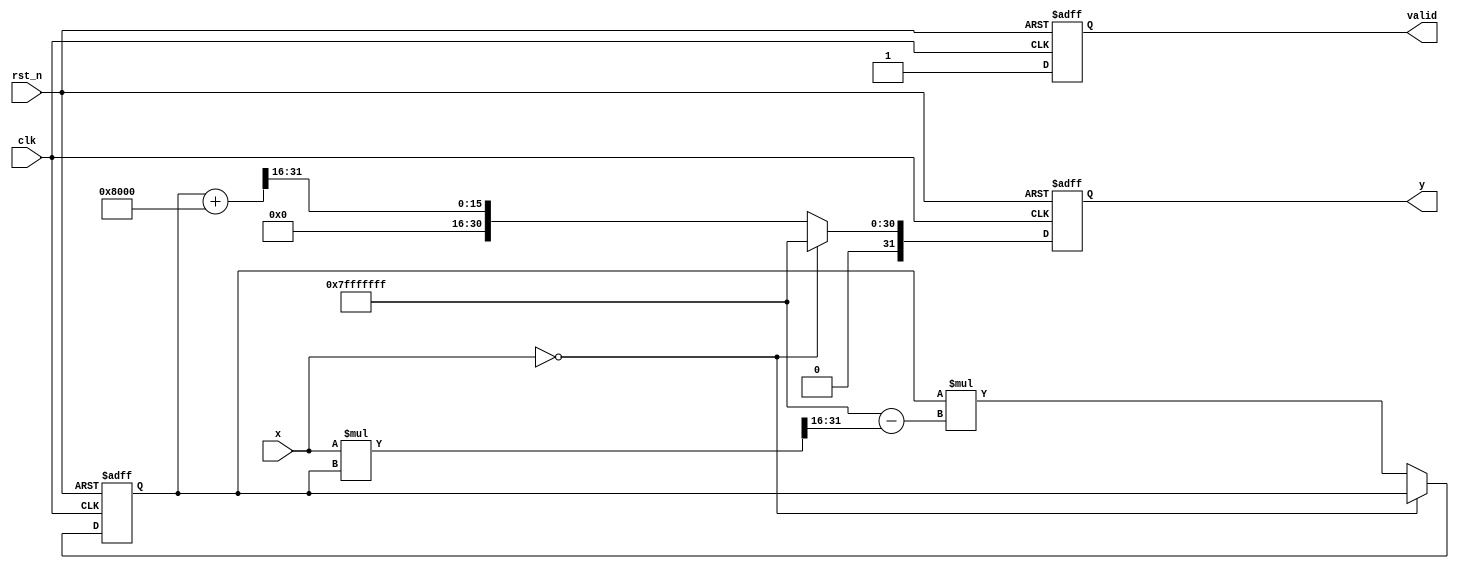
module fixed_point_reciprocal #(
    parameter M = 16, // Number of integer bits
    parameter N = 16  // Number of fractional bits
)(
    input wire clk,
    input wire rst_n,
    input wire [M+N-1:0] x, // Input fixed-point number (Qm.n)
    output reg [M+N-1:0] y,  // Output fixed-point reciprocal (Qm.n)
    output reg valid          // Output valid signal
);

    localparam MAX_VALUE = {1'b0, {M+N-1{1'b1}}}; // Maximum value for Qm.n
    localparam ZERO = {M+N{1'b0}};                // Zero value for Qm.n
    localparam ITERATIONS = 5;                     // Number of iterations for Newton-Raphson

    reg [M+N-1:0] approx; // Approximation of the reciprocal
    reg [M+N-1:0] x_inv;  // Inverse of the input
    integer i;

    always @(posedge clk or negedge rst_n) begin
        if (!rst_n) begin
            y <= 0;
            valid <= 0;
            approx <= 0;
        end else begin
            if (x == ZERO) begin
                // Handle zero input case
                y <= MAX_VALUE; // or some error code
                valid <= 1;
            end else begin
                // Initialize approximation
                approx <= {1'b0, {M+N-1{1'b1}}} / x; // Initial approximation (1/x)
                valid <= 0; // Reset valid signal
                
                // Newton-Raphson iterations
                for (i = 0; i < ITERATIONS; i = i + 1) begin
                    // x_inv = approx * (2 - x * approx)
                    x_inv = approx * ({1'b0, {M+N-1{1'b1}}} - (x * approx >> N));
                    approx <= x_inv;
                end
                
                // Rounding and assign output
                y <= (approx + (1 << (N-1))) >> N; // Round half-up
                valid <= 1; // Indicate valid output
            end
        end
    end

endmodule